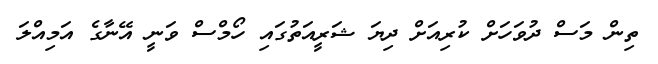
ތިން މަސް ދުވަހަށް ކުރިއަށް ދިޔަ ޝަރީއަތުގައި ހޯމްސް ވަނީ އޭނާގެ އަމިއްލަ